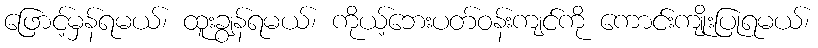
ဖြောင့်မှန်ရမယ်၊ ထူးချွန်ရမယ်၊ ကိုယ့်ဘေးပတ်ဝန်းကျင်ကို ကောင်းကျိုးပြုရမယ်၊